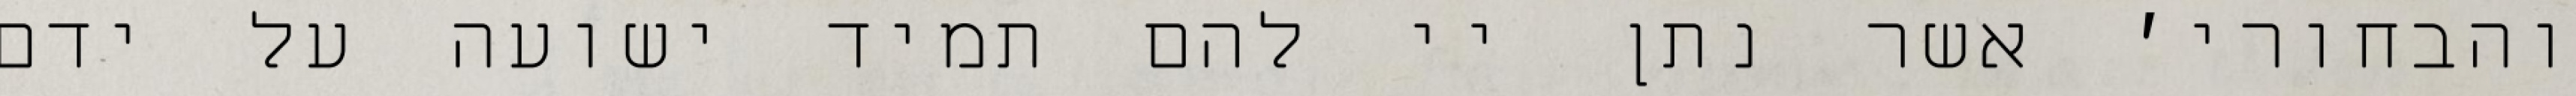
והבחורי׳ אשר נתן יי להם תמיד ישועה על ידם